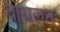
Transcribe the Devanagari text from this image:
वायलन